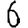
Digit: 6